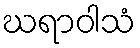
ဃရာဝါသံ